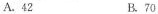
A.42 B.70